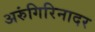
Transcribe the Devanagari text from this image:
अरुंगिरिनादर